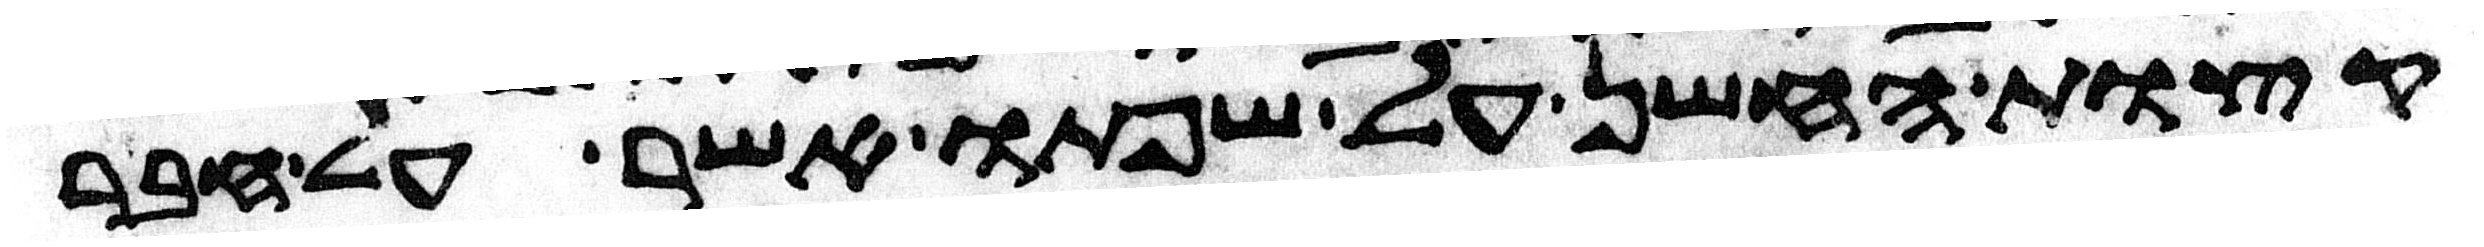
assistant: קצות החשן על שפתו אשר על חבר